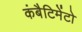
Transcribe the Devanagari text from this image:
कंबैटिमेंटो